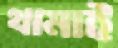
থামাই